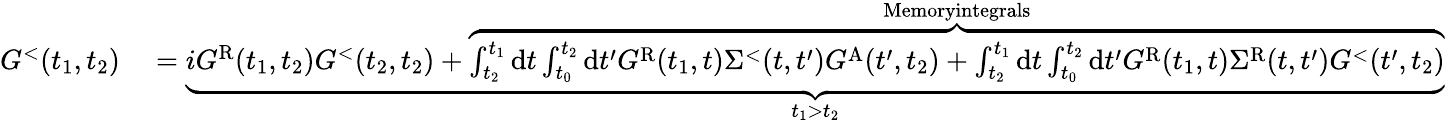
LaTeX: \begin{array}{rl}{G^{<}(t_{1},t_{2})}&{{}=\underbrace{iG^{\textrm{R}}(t_{1},t_{2})G^{<}(t_{2},t_{2})+\overbrace{\int_{t_{2}}^{t_{1}}\mathrm{d}t\int_{t_{0}}^{t_{2}}\mathrm{d}t^{\prime}G^{\mathrm{R}}(t_{1},t)\Sigma^{<}(t,t^{\prime})G^{\mathrm{A}}(t^{\prime},t_{2})+\int_{t_{2}}^{t_{1}}\mathrm{d}t\int_{t_{0}}^{t_{2}}\mathrm{d}t^{\prime}G^{\mathrm{R}}(t_{1},t)\Sigma^{\mathrm{R}}(t,t^{\prime})G^{<}(t^{\prime},t_{2})}^{\textrm{Memoryintegrals}}}_{t_{1}>t_{2}}}\end{array}